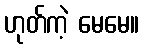
ဟုတ်ကဲ့ မေမေ။